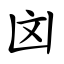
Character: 㓙